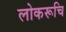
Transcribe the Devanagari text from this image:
लोकरूचि